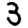
Digit: 3